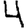
Digit: 4